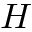
H